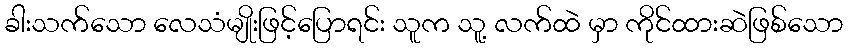
ခါးသက်သော လေသံမျိုးဖြင့်ပြောရင်း သူက သူ့ လက်ထဲ မှာ ကိုင်ထားဆဲဖြစ်သော